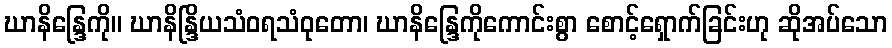
ဃာနိန္ဒြေကို။ ဃာနိန္ဒြိယသံဝရသံဝုတော၊ ဃာနိန္ဒြေကိုကောင်းစွာ စောင့်ရှောက်ခြင်းဟု ဆိုအပ်သော